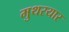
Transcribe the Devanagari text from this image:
मुथरयार